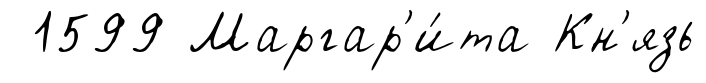
1599 Маргар'и́та Кн'язь